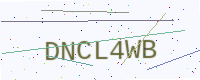
Text: DNCL4WB